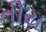
તીય